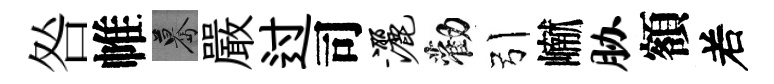
咎帷驀嚴过司洒勸引𪩘胁額𠰥